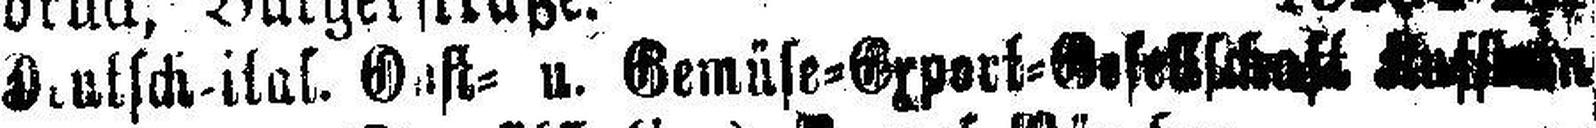
###utsch-ital. Gast= u. Gemüse=Gxport=Gesellschaft ###